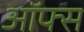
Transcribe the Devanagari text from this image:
ऑफ्स